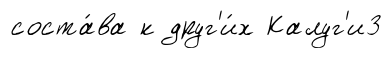
соста́ва к друг'и́х Калуг'и3